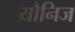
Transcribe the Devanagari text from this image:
यौनिज